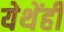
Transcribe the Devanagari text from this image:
येथेंही